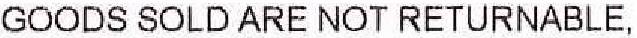
GOODS SOLD ARE NOT RETURNABLE,